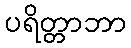
ပရိတ္တာဘာ